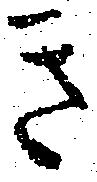
き